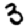
Digit: 3